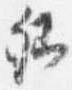
卿